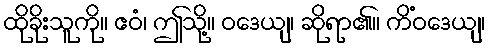
ထိုခိုးသူကို။ ဧဝံ၊ ဤသို့။ ဝဒေယျ၊ ဆိုရာ၏။ ကိံဝဒေယျ၊